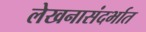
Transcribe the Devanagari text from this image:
लेखनासंदर्भात